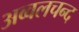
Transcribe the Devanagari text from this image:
अव्वलचन्द